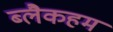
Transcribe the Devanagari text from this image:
ब्लैकहम